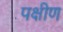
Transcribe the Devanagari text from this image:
पक्षीण